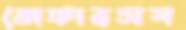
জেফারসন